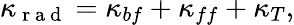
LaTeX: \kappa_{\mathrm{~r~a~d~}}=\kappa_{bf}+\kappa_{ff}+\kappa_{T},